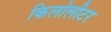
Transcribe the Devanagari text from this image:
किलोलीटर